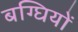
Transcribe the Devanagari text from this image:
बग्घियों